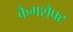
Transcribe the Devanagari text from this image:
कैमशैफ्ट